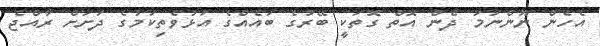
އެހެން ނޫންނަމަ ދެން އޮތް ގޮތަކީ ބޭރުގެ ބައެއްގެ އަޅުވެތިކަމުގެ ދަށަށް ރާއްޖެ